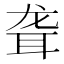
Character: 聋